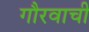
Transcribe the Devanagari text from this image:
गौरवाची